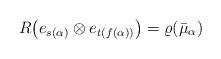
LaTeX: \begin{align*} R\big( e_{s(\alpha)} \otimes e_{t(f(\alpha))}\big) = \varrho (\bar{\mu}_{\alpha})\end{align*}